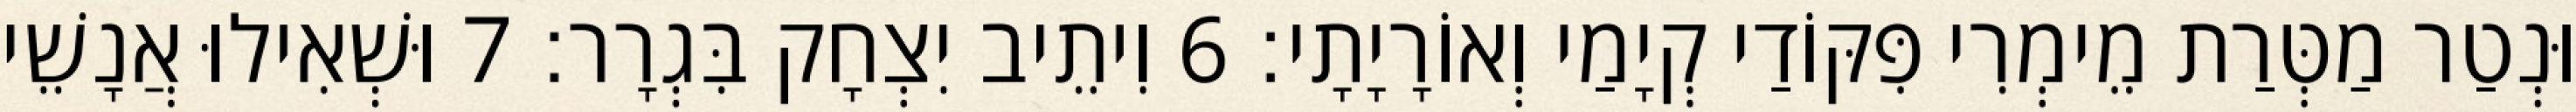
וּנְטַר מַטְּרַת מֵימְרִי פִּקּוֹדַי קְיָמַי וְאוֹרָיָתָי׃ 6 וִיתֵיב יִצְחָק בִּגְרָר׃ 7 וּשְׁאִילוּ אֲנָשֵׁי